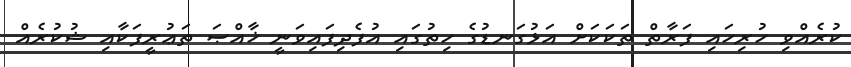
ކުރެއްވި ހުރިހައި ފަރާތް ތަކަކަށް އަޅުގަނޑުގެ ހިތުގައި އުފެދިފައިވަނީ ޚާއްޞަ ތަޢުރީފަކާއި ޝުކުރެއް